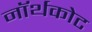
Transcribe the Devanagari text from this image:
नॉर्थकोट